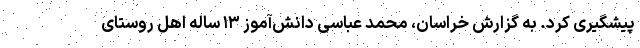
پیشگیری کرد. به گزارش خراسان، محمد عباسی دانش‌آموز ۱۳ ساله اهل روستای